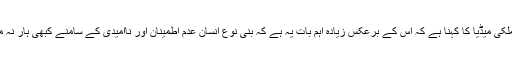
غیر ملکی میڈیا کا کہنا ہے کہ اس کے برعکس زیادہ اہم بات یہ ہے کہ بنی نوع انسان عدم اطمینان اور ناامیدی کے سامنے کبھی ہار نہ مانے۔